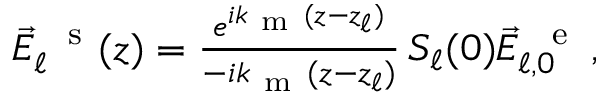
\begin{array} { r } { \vec { E } _ { \ell } ^ { \mathrm { ~ \, ~ s ~ } } ( z ) = \frac { e ^ { i k _ { \mathrm { ~ m ~ } } ( z - z _ { \ell } ) } } { - i k _ { \mathrm { ~ m ~ } } ( z - z _ { \ell } ) } \, S _ { \ell } ( 0 ) \vec { E } _ { \ell , 0 } ^ { \mathrm { ~ \, ~ e ~ } } \, \! \! \, \! \, \, \! \, \, \! \! \, \! \, \, \! \! \, \! \! \, \! \, \, \! \! \, \! \! \, \! \, \, \! \, \, \! \! \, \! \, \, \! \! \, \! \! \, \! \, \, \! \, \, \! \! \, \! \, \, \! \, \, \! \! \, \! \, \, \! \! \, \! \! \, \! \, \, \! \, \, \! \! \, \! \, \, \! \, \, \! \! , } \end{array}